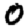
Digit: 0